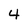
Character: 4